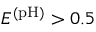
E ^ { \mathrm { ( p H ) } } > 0 . 5